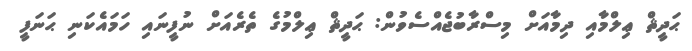
ޙަދީޘް ޢިލްމާއި ދިމާއަށް މިސްރާބުޖެއްސެވުން: ޙަދީޘް ޢިލްމުގެ ތެރެއަށް ނުފީނައި ހަމައެކަނި ޙަނަފީ